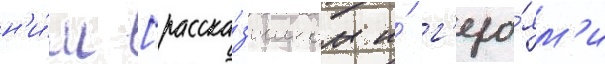
н'и́м [расска́зчиком и́ г'еро́ям'и